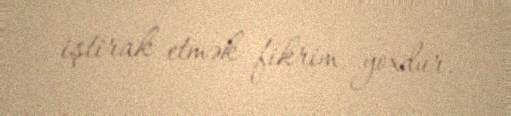
iştirak etmək fikrim yoxdur.